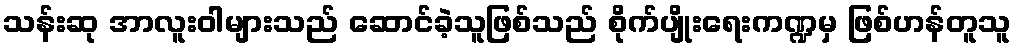
သန်းဆု အာလူးဝါများသည် ဆောင်ခဲ့သူဖြစ်သည် စိုက်ပျိုးရေးကဏ္ဍမှ ဖြစ်ဟန်တူသူ